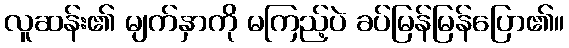
လူဆန်း၏ မျက်နှာကို မကြည့်ပဲ ခပ်မြန်မြန်ပြော၏။